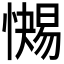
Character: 𱟐